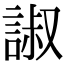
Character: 諔